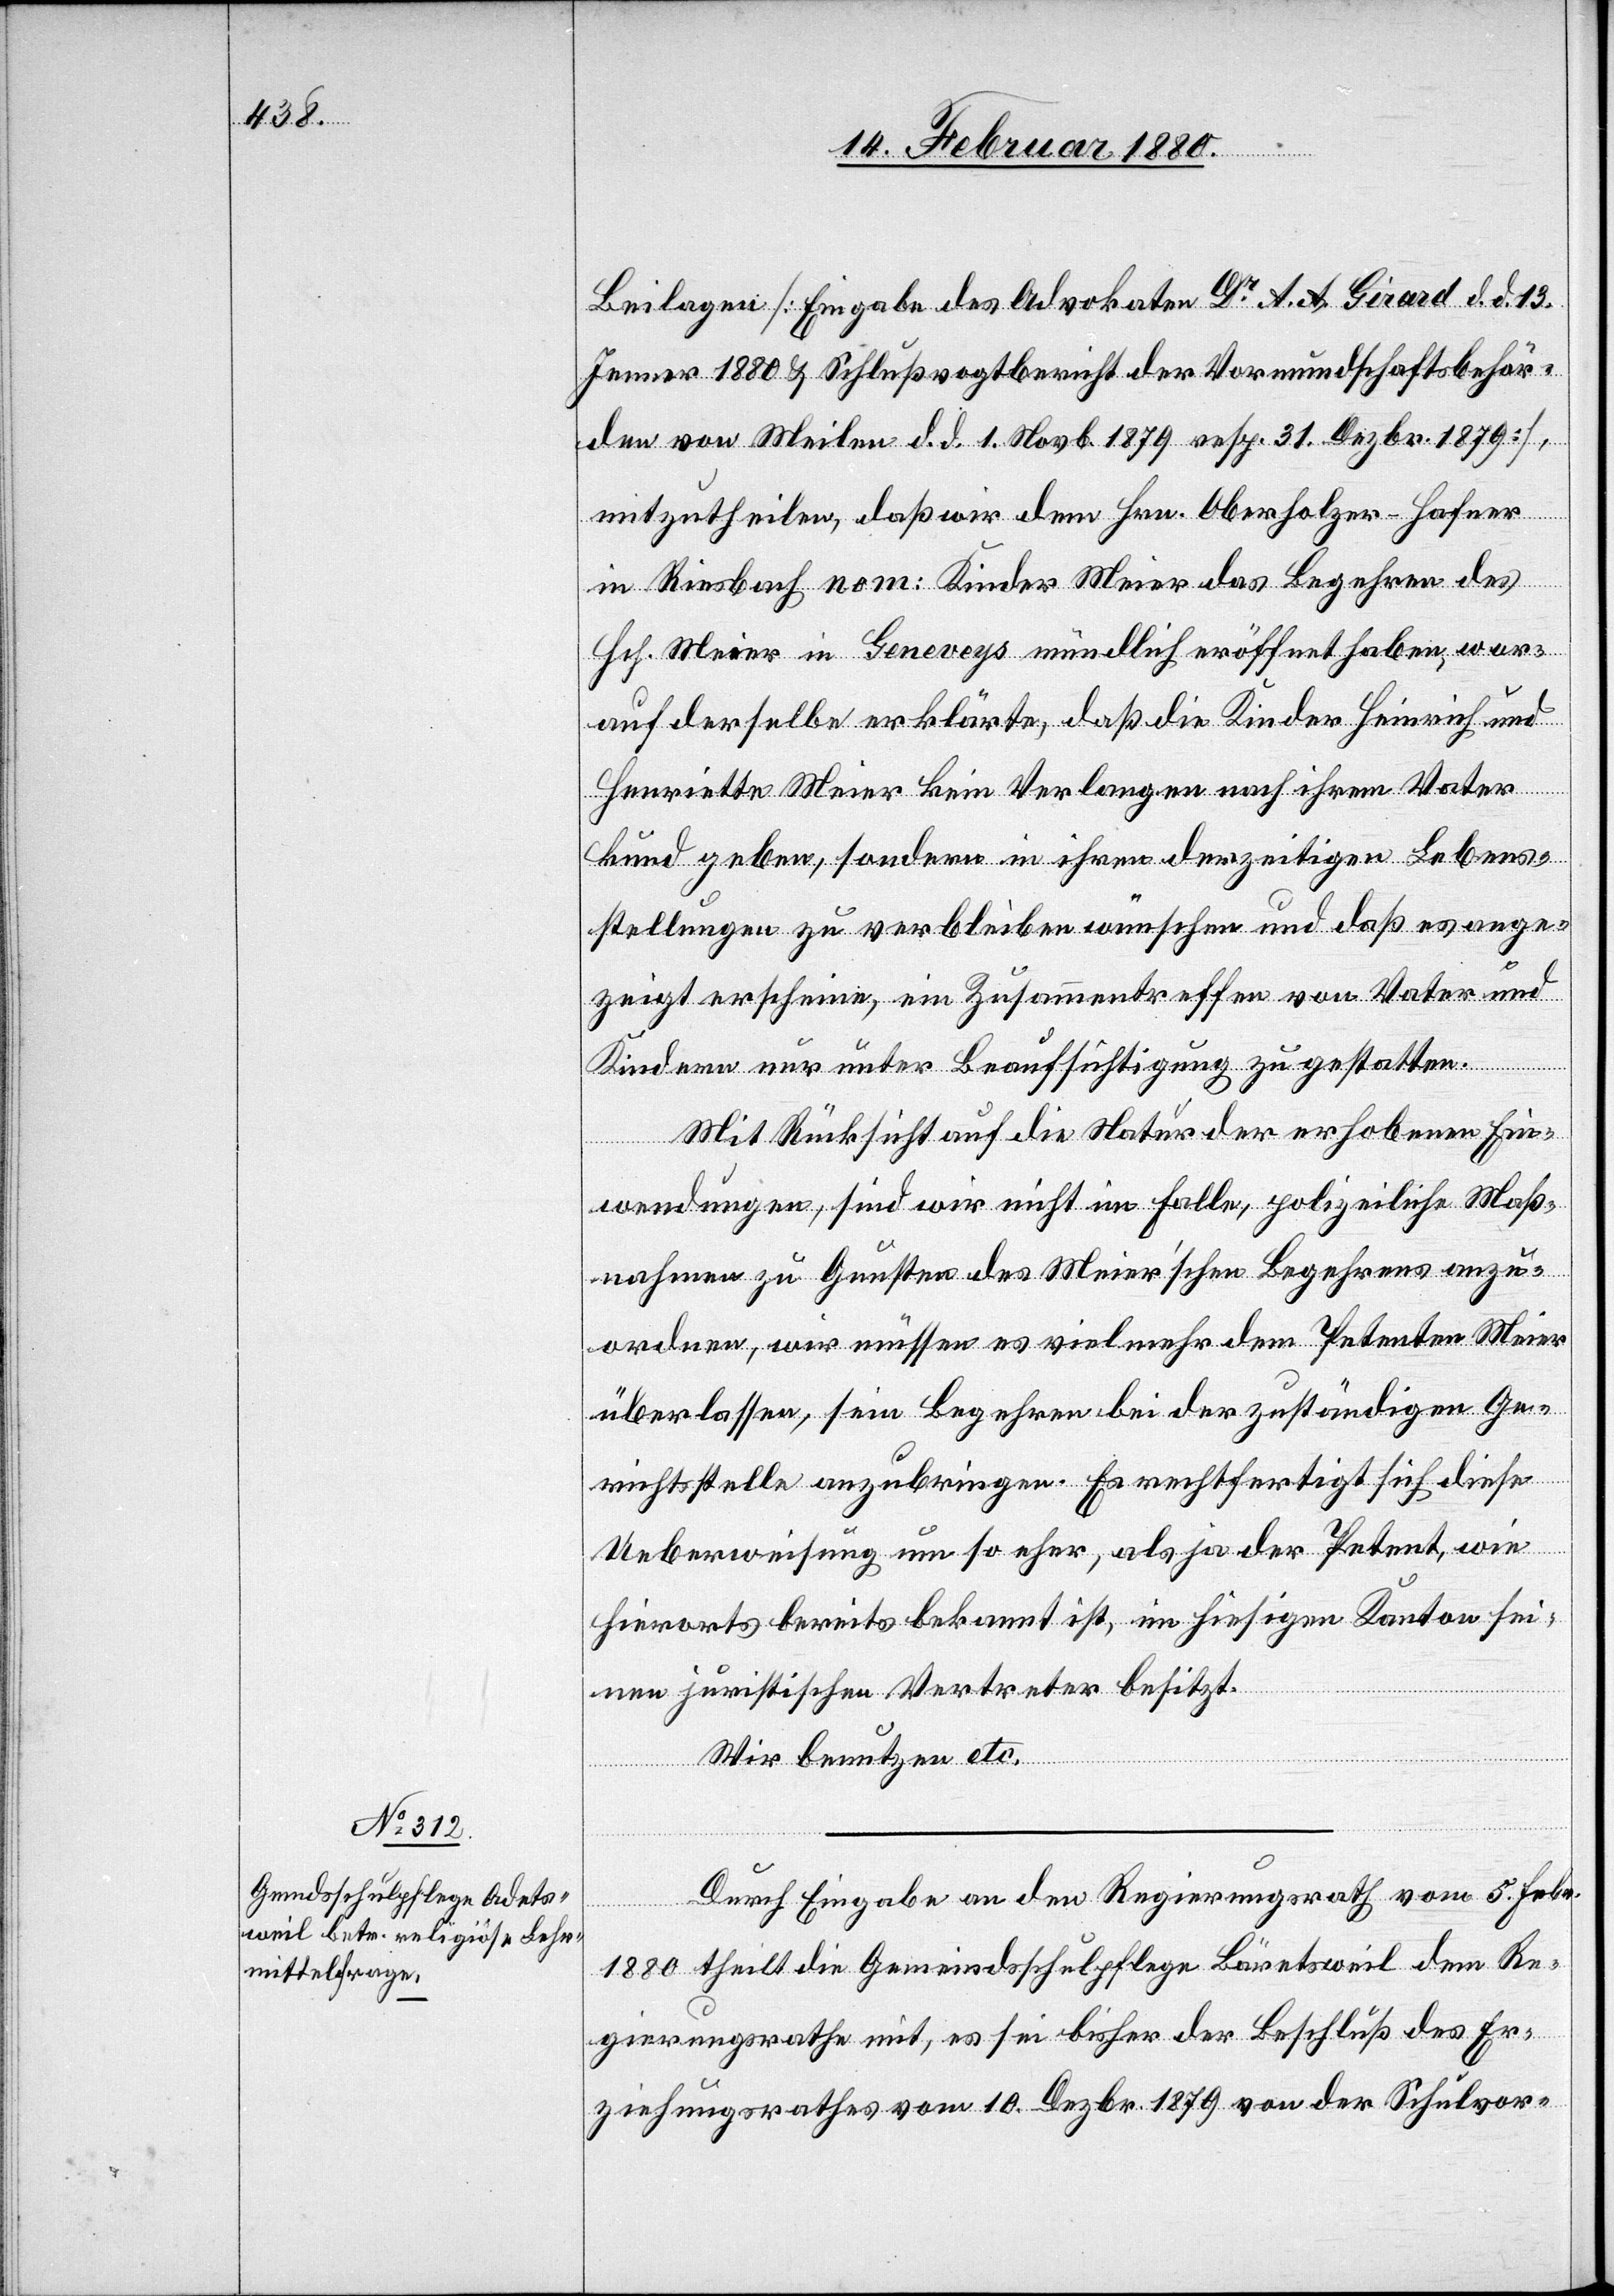
15. Februar 1880.]
Beilagen [Eingabe des Advokaten Dr A. A. Girard d. d. 13.
Jenner 1880 & Schlußvogtbericht der Vormundschaftsbehör¬
den von Meilen d. d. 1. Novbr. 1879 resp. 31. Dezbr. 1879],
mitzutheilen, daß wir dem Hrn. Oberholzer-Hafner
in Riesbach nom: Kinder Meier das Begehren des
Hch. Meier in Geneveys mündlich eröffnet haben, wor¬
auf derselbe erklärte, daß die Kinder Heinrich und
Henriette Meier kein Verlangen nach ihrem Vater
kund geben, sondern in ihren derzeitigen Lebens¬
stellungen zu verbleiben wünschen und daß es ange¬
zeigt erscheine, ein Zusammentreffen von Vater und
Kindern nur unter Beaufsichtigung zu gestatten.
Mit Rücksicht auf die Natur der erhobenen Ein¬
wendungen, sind wir nicht im Falle, polizeiliche Maß¬
nahmen zu Gunsten des Meier’schen Begehrens anzu¬
ordnen, wir müssen es vielmehr dem Petenten Meier
überlassen, sein Begehren bei der zuständigen Ge¬
richtsstelle anzubringen. Es rechtfertigt sich diese
Ueberweisung um so eher, als ja der Petent, wie
hierorts bereits bekannt ist, im hiesigen Kanton sei¬
nen juristischen Vertreter besitzt.
Wir benutzen etc.
Durch Eingabe an den Regierungsrath vom 5. Febr.
1880 theilt die Gemeindsschulpflege Bäretsweil dem Re¬
gierungsrathe mit, es sei bisher der Beschluß des Er¬
ziehungsrathes vom 10. Dezbr. 1879 von der Schuhlvor-